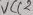
Text: VCC2